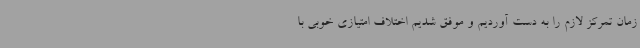
زمان تمرکز لازم را به دست آوردیم و موفق شدیم اختلاف امتیازی خوبی با